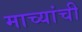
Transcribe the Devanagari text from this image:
माच्यांची